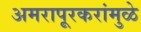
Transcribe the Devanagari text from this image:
अमरापूूरकरांमुळे